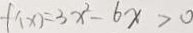
f ^ { \prime } ( x ) = 3 x ^ { 2 } - 6 x > 0